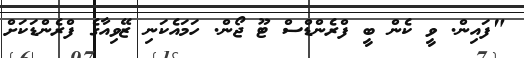
"ފައިން. ވީ ކެން ބީ ފްރެންޑްސް ޓޫ ޖޯން. ހަމައެކަނި ޒޭވިއާގެ ފްރެންޑަކަށް